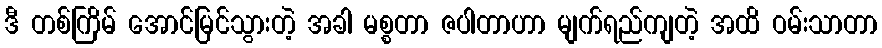
ဒီ တစ်ကြိမ် အောင်မြင်သွားတဲ့ အခါ မစ္စတာ ဇပါတာဟာ မျက်ရည်ကျတဲ့ အထိ ဝမ်းသာတာ